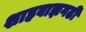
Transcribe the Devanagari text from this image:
शाहबाझगढी